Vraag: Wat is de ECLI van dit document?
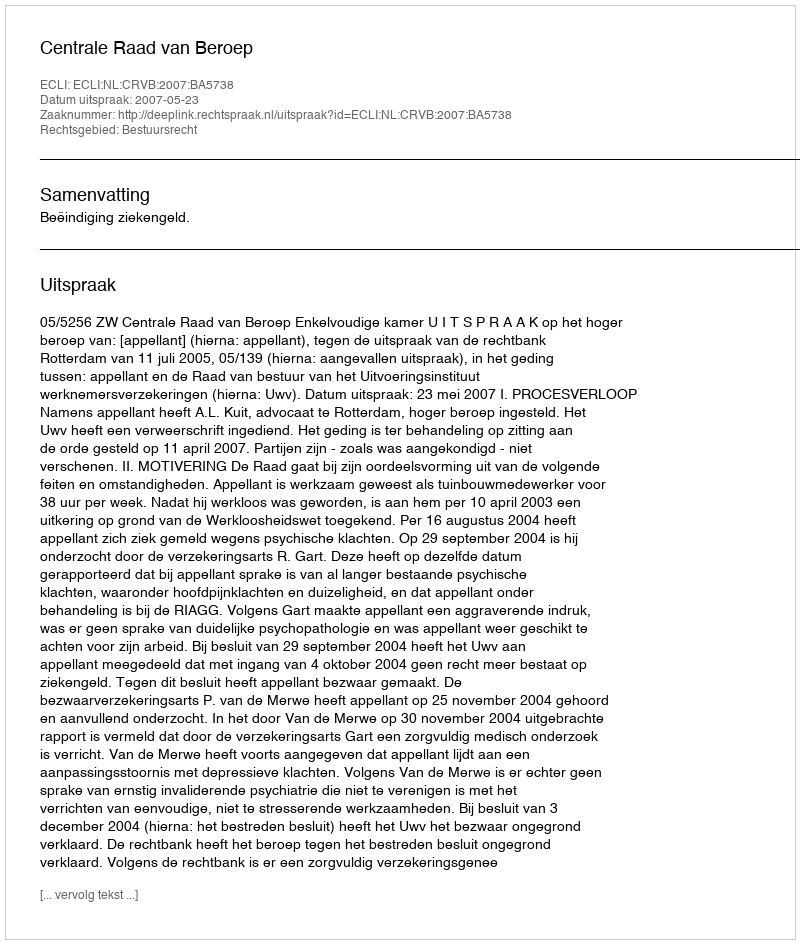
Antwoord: ECLI:NL:CRVB:2007:BA5738